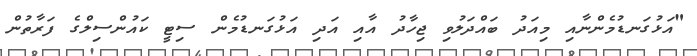
"އަޅުގަނޑުމެންނާއި މިއަދު ބައްދަލުވި ޖިހާދު އާއި އަދި އަޅުގަނޑުމެން ސިޓީ ކައުންސިލްގެ ފަރާތުން